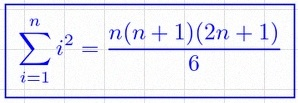
\sum_{i=1}^{n}i^2=\frac{n(n+1)(2n+1)}6